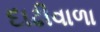
દાઢીવાળા